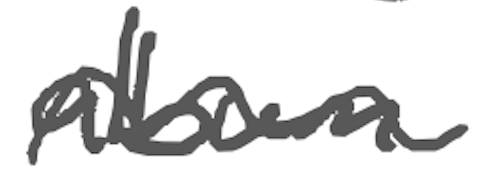
Text: album
Cross-out: wave
Writing tool: digital_gray